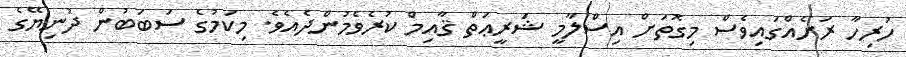
ހުރިހާ ރަށެއްގައިވެސް މިގޮތަށް އިސްލާމީ ޝަރީޢަތް ޤާއިމް ކުރެވެމުންދެއެވެ. މިކަމުގެ ސަބަބުން ދުނިޔޭގެ